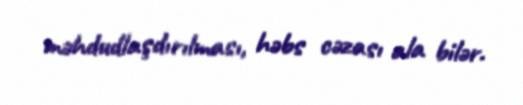
məhdudlaşdırılması, həbs cəzası ala bilər.